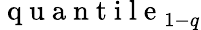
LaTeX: \mathrm{~q~u~a~n~t~i~l~e~}_{1-q}